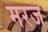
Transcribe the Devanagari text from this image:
मरज